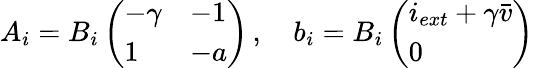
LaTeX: A_{i}=B_{i}\left(\begin{array}{ll}{-\gamma}&{-1}\\ {1}&{-a}\end{array}\right)\, ,\quad b_{i}=B_{i}\left(\begin{array}{l}{i_{ext}+\gamma\bar{v}}\\ {0}\end{array}\right)